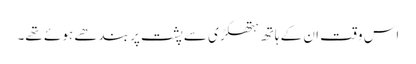
اس وقت ان کے ہاتھ ہتھکڑی سے پشت پر بندھے ہوئے تھے۔